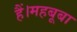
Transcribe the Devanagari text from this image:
हैं।महबूबा